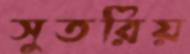
সুতরিয়